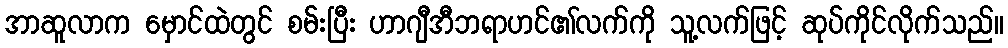
အာဆူလာက မှောင်ထဲတွင် စမ်းပြီး ဟာဂျီအီဘရာဟင်၏လက်ကို သူ့လက်ဖြင့် ဆုပ်ကိုင်လိုက်သည်။